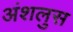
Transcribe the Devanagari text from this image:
अंशलुस